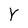
Character: Y